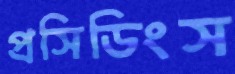
প্রসিডিংস